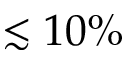
\lesssim 1 0 \%